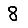
Digit: 8